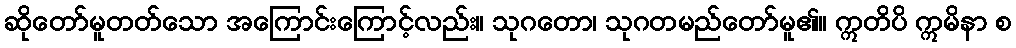
ဆိုတော်မူတတ်သော အကြောင်းကြောင့်လည်း။ သုဂတော၊ သုဂတမည်တော်မူ၏။ ဣတိပိ ဣမိနာ စ